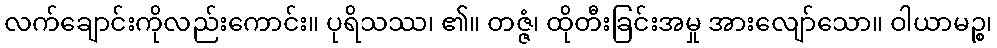
လက်ချောင်းကိုလည်းကောင်း။ ပုရိသဿ၊ ၏။ တဇ္ဇံ၊ ထိုတီးခြင်းအမှု အားလျော်သော။ ဝါယာမဉ္စ၊